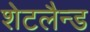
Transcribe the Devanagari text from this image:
शेटलैन्ड